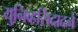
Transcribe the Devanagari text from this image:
युनिव्हर्सिदादने